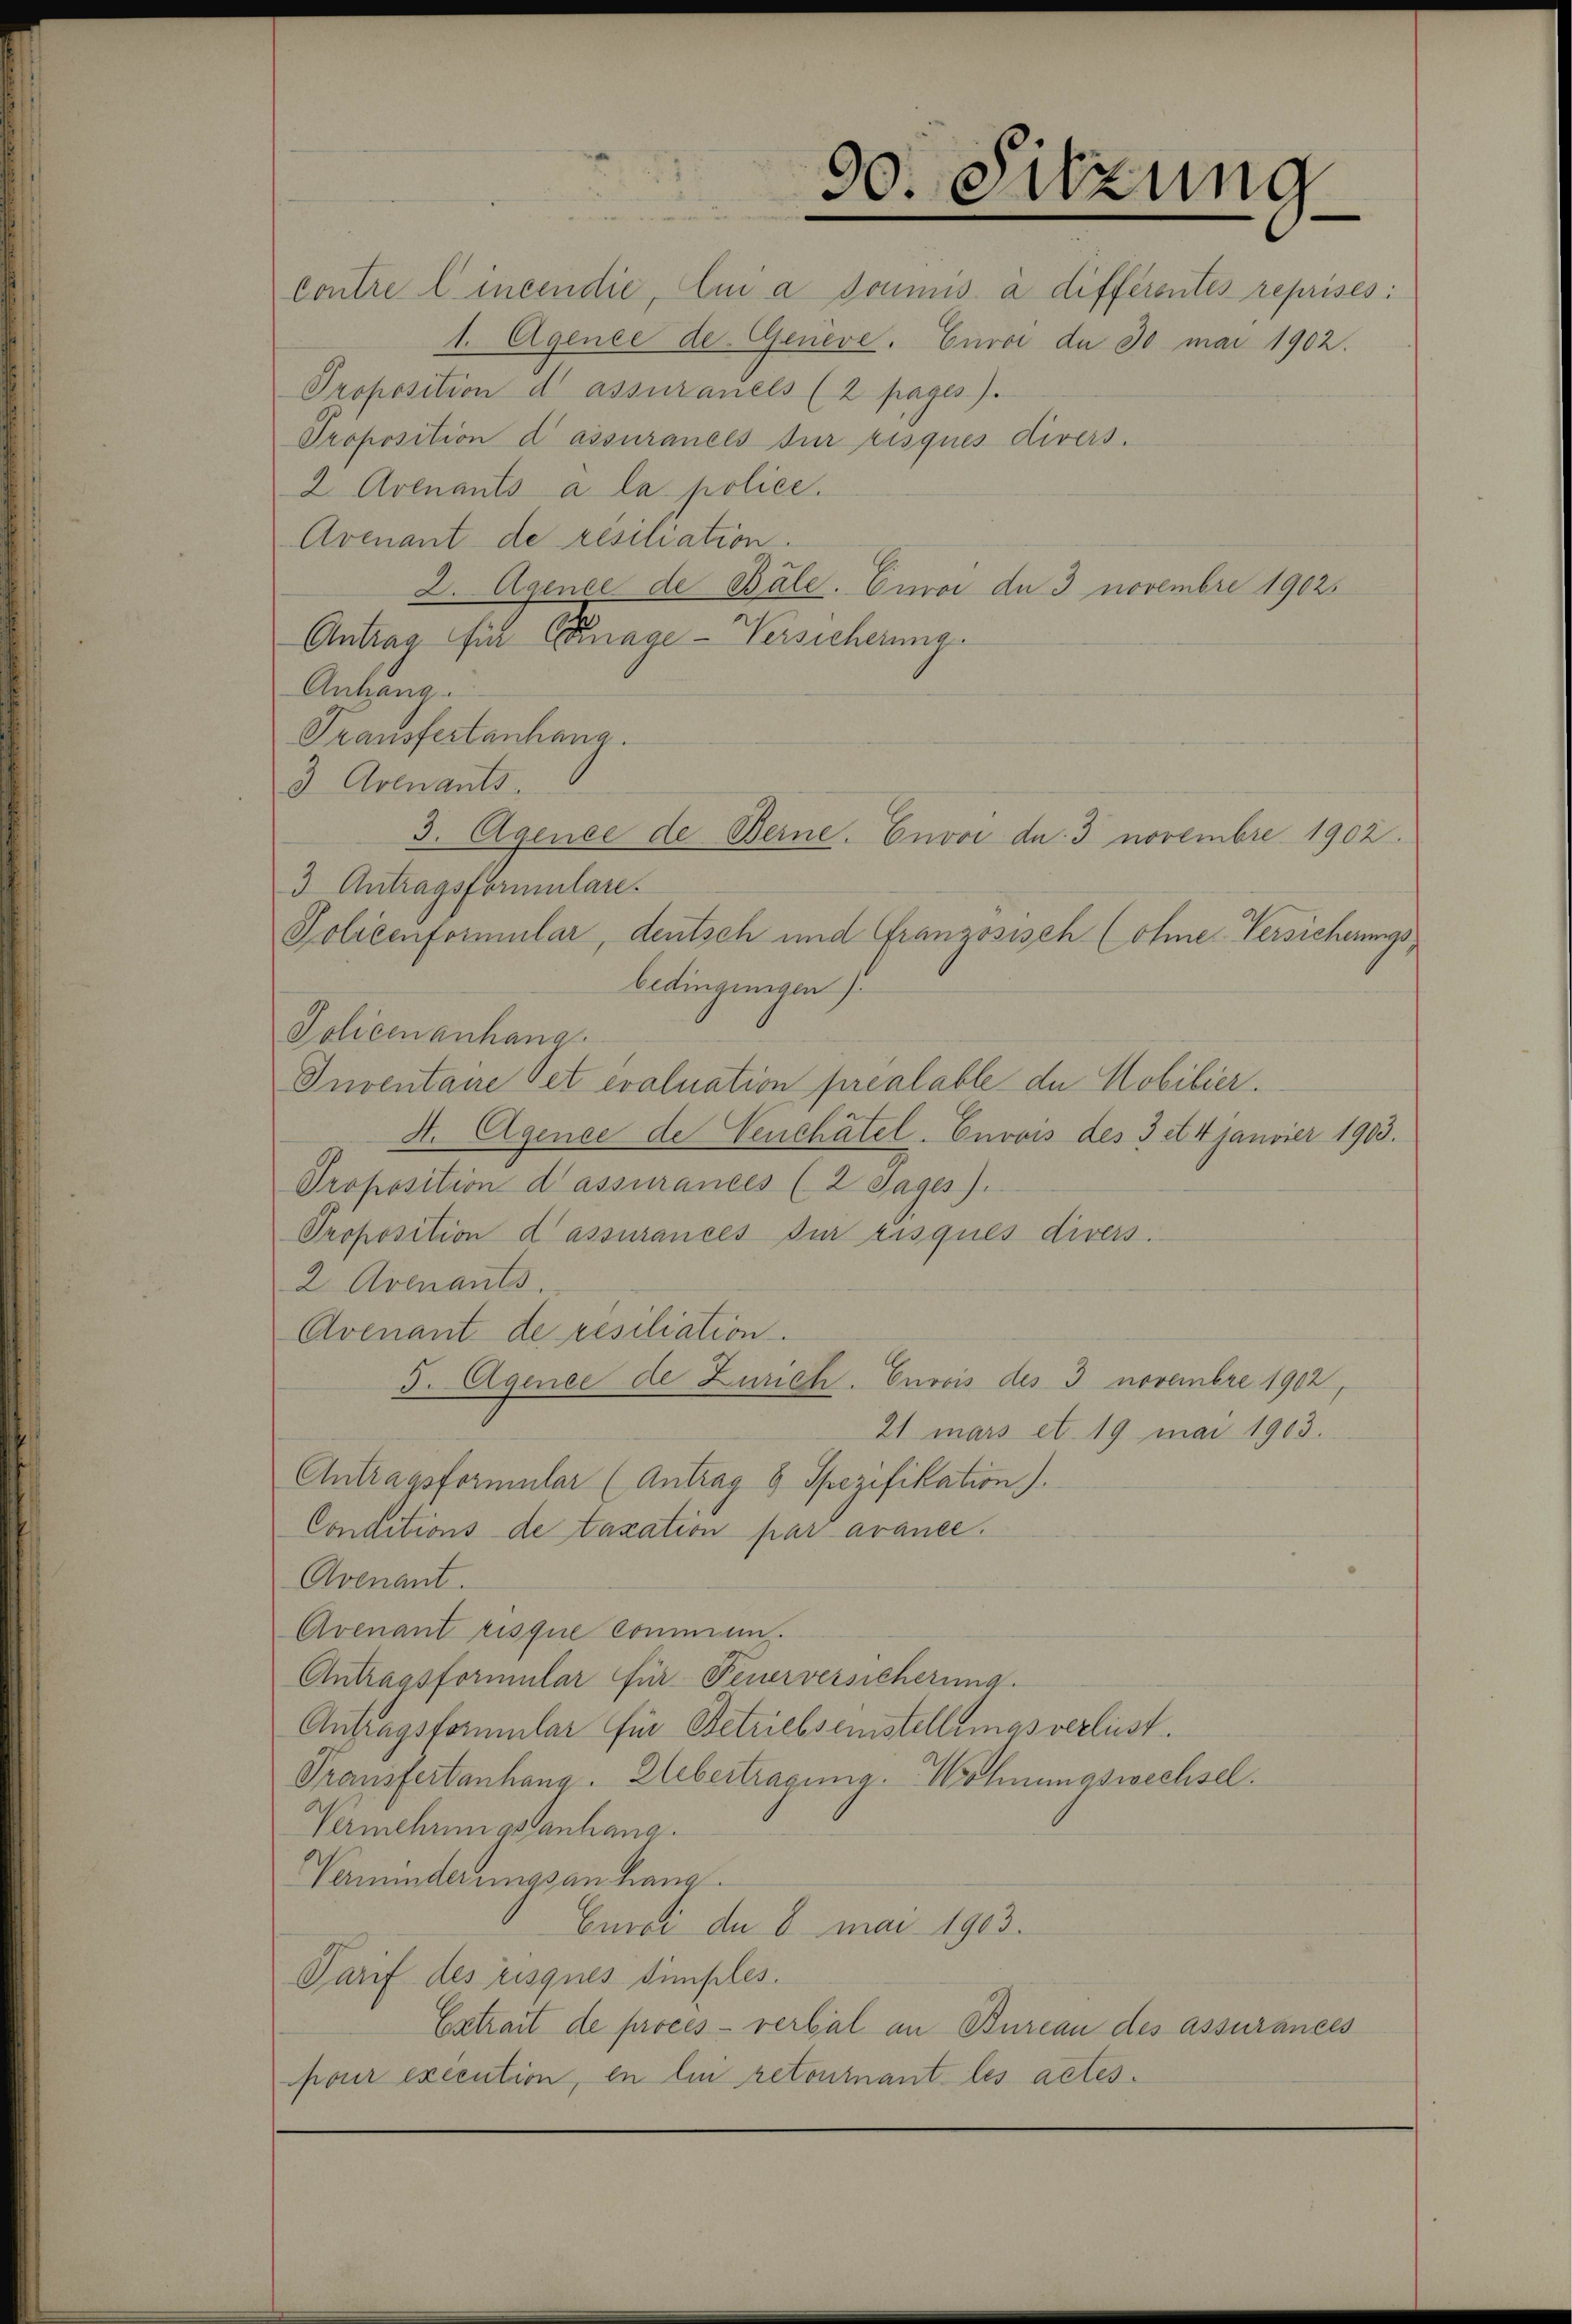
contre lincendie, lui a soumis à différentes reprises:
1. Agence de Geneve, Eure de 30 mai 1902.
Proposition d assuranels (2 pages).
Proposition d assurances für risques divers.
2. Avenants à la police.
Avenant de resiliation.
2. Agence de Bale. Euroi de 3 novembre 19025
Antrag für Canage-Versicherung
Anhang.
Transfertenhang.
3 Avenants.
3 Antragsformulare.
Policenformular, deutsch und Französisch (ohne Versicherungs-
bedingungen)
Policen anhang
Inventaire Pet evaluation préalable de Mobilier.
4. Agence de Venchâtel. Envois des 3 et 4 Jan
Proposition d assurances (2 Tages).
Proposition d’assurances für risques divers.
2 Arenants.
Avenant de résiliation.
5. Agence de Zürich. Envois des 3 novembre 1902,
21 mars et 19 mai 1903.
Antragsformular (Antrag 8 Spezifikation).
Conditions de taxation par avance.
Avenant.
Avenant risque commen.
Antragsformular für Feuerversicherung.
Antragsformular für Betriebseinstellemas verlust.
Transfertanhang. Uebertragung. Wohnungswechsel.
Vermehrungsanhang.
Verminderungsan hang.
Curoi de 8 mai 1903.
Tarif des risques Simples.
Extrait de proces - verbal an Bureau des assurances
pour exécution, en ein retournant les actes.

3. Agence de Berne. Envoi du. 3 novembre 1902.

90. Sitzung

vier 1903.